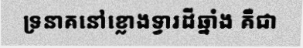
ទ្រនាគនៅខ្លោងទ្វារដីឆ្នាំង គឺជា